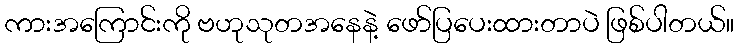
ကားအကြောင်းကို ဗဟုသုတအနေနဲ့ ဖော်ပြပေးထားတာပဲ ဖြစ်ပါတယ်။